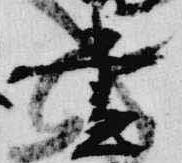
昼